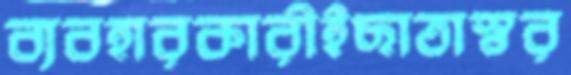
ব্যবহারকারীইছাতাস্বর